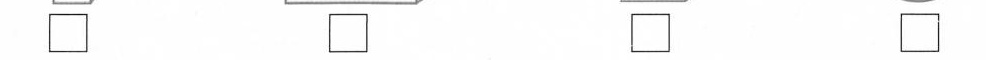
\Box \Box \Box \Box